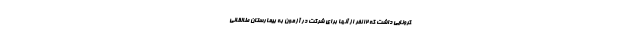
کرونایی داشت که ۱۲ نفر از آنها برای شرکت در آزمون به بیمارستان طالقانی